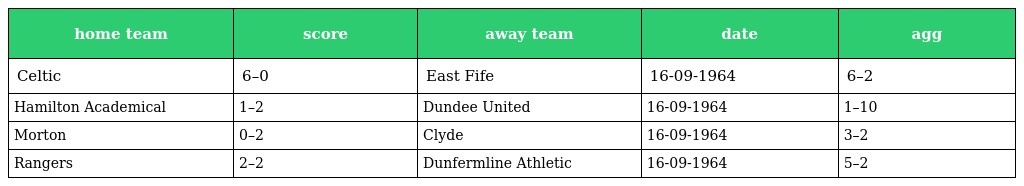
| home team | score | away team | date | agg |
 | --- | --- | --- | --- | --- |
 | Celtic | 6–0 | East Fife | 16-09-1964 | 6–2 |
 | Hamilton Academical | 1–2 | Dundee United | 16-09-1964 | 1–10 |
 | Morton | 0–2 | Clyde | 16-09-1964 | 3–2 |
 | Rangers | 2–2 | Dunfermline Athletic | 16-09-1964 | 5–2 |